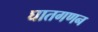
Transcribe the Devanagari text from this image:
घातगणन